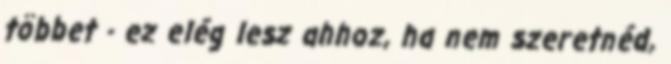
többet - ez elég lesz ahhoz, ha nem szeretnéd,